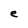
Character: e